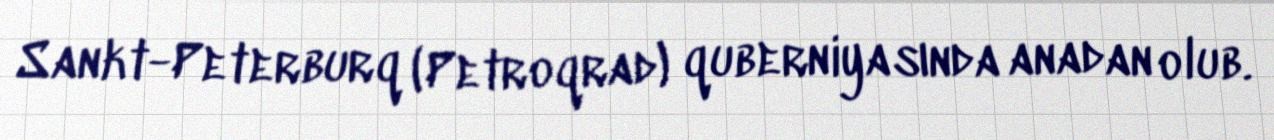
Sankt-Peterburq (Petroqrad) quberniyasında anadan olub.